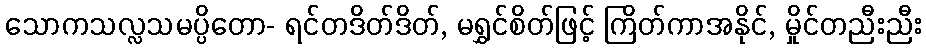
သောကသလ္လသမပ္ပိတော- ရင်တဒိတ်ဒိတ်, မရွှင်စိတ်ဖြင့် ကြိတ်ကာအနိုင်, မှိုင်တညီးညီး